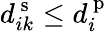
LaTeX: d_{ik}^{\mathrm{~s~}}\leq d_{i}^{\mathrm{~p~}}